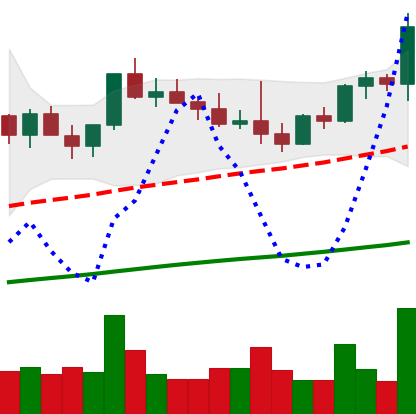
Ticker: NEO-USD
Chart end date: 2021-03-31
Forward return: 16.176%
Label: up_7plus